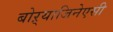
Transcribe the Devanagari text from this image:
बोऱ्याजिनेएसी